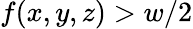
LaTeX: f(x,y,z)>w/2